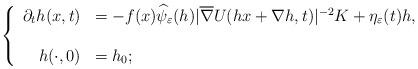
LaTeX: \begin{align*}\left\{\begin{array}{rl}\partial_th(x,t)&=-f(x)\widehat{\psi}_\varepsilon(h)|\overline{\nabla} U(hx+\nabla h,t)|^{-2} K+\eta_\varepsilon(t)h,\\\\h(\cdot,0)&=h_0;\end{array}\right.\end{align*}